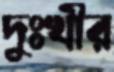
দুঃখীর